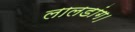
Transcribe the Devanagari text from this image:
लालडांग।